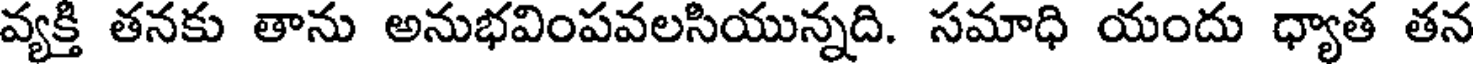
వ్యక్తి తనకు తాను అనుభవింపవలసియున్నది. సమాధి యందు ధ్యాత తన